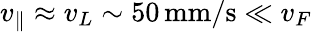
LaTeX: v_{\parallel}\approx v_{L}\sim 50\, \mathrm{mm/s}\ll v_{F}